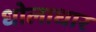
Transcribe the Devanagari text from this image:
धोलाधार